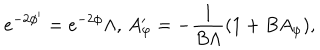
e ^ { - 2 \phi ^ { \prime } } = e ^ { - 2 \phi } \Lambda , \, A _ { \varphi } ^ { \prime } = - \frac { 1 } { B \Lambda } ( 1 + B A _ { \varphi } ) ,